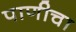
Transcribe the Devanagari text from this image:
पाणीचा